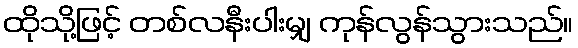
ထိုသို့ဖြင့် တစ်လနီးပါးမျှ ကုန်လွန်သွားသည်။